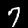
Digit: 7